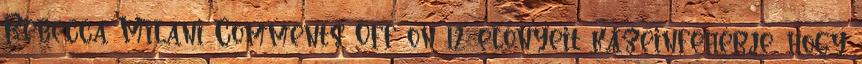
Rebecca Milani Comments Off on 12 előnyeit kazeinfehérje, hogy